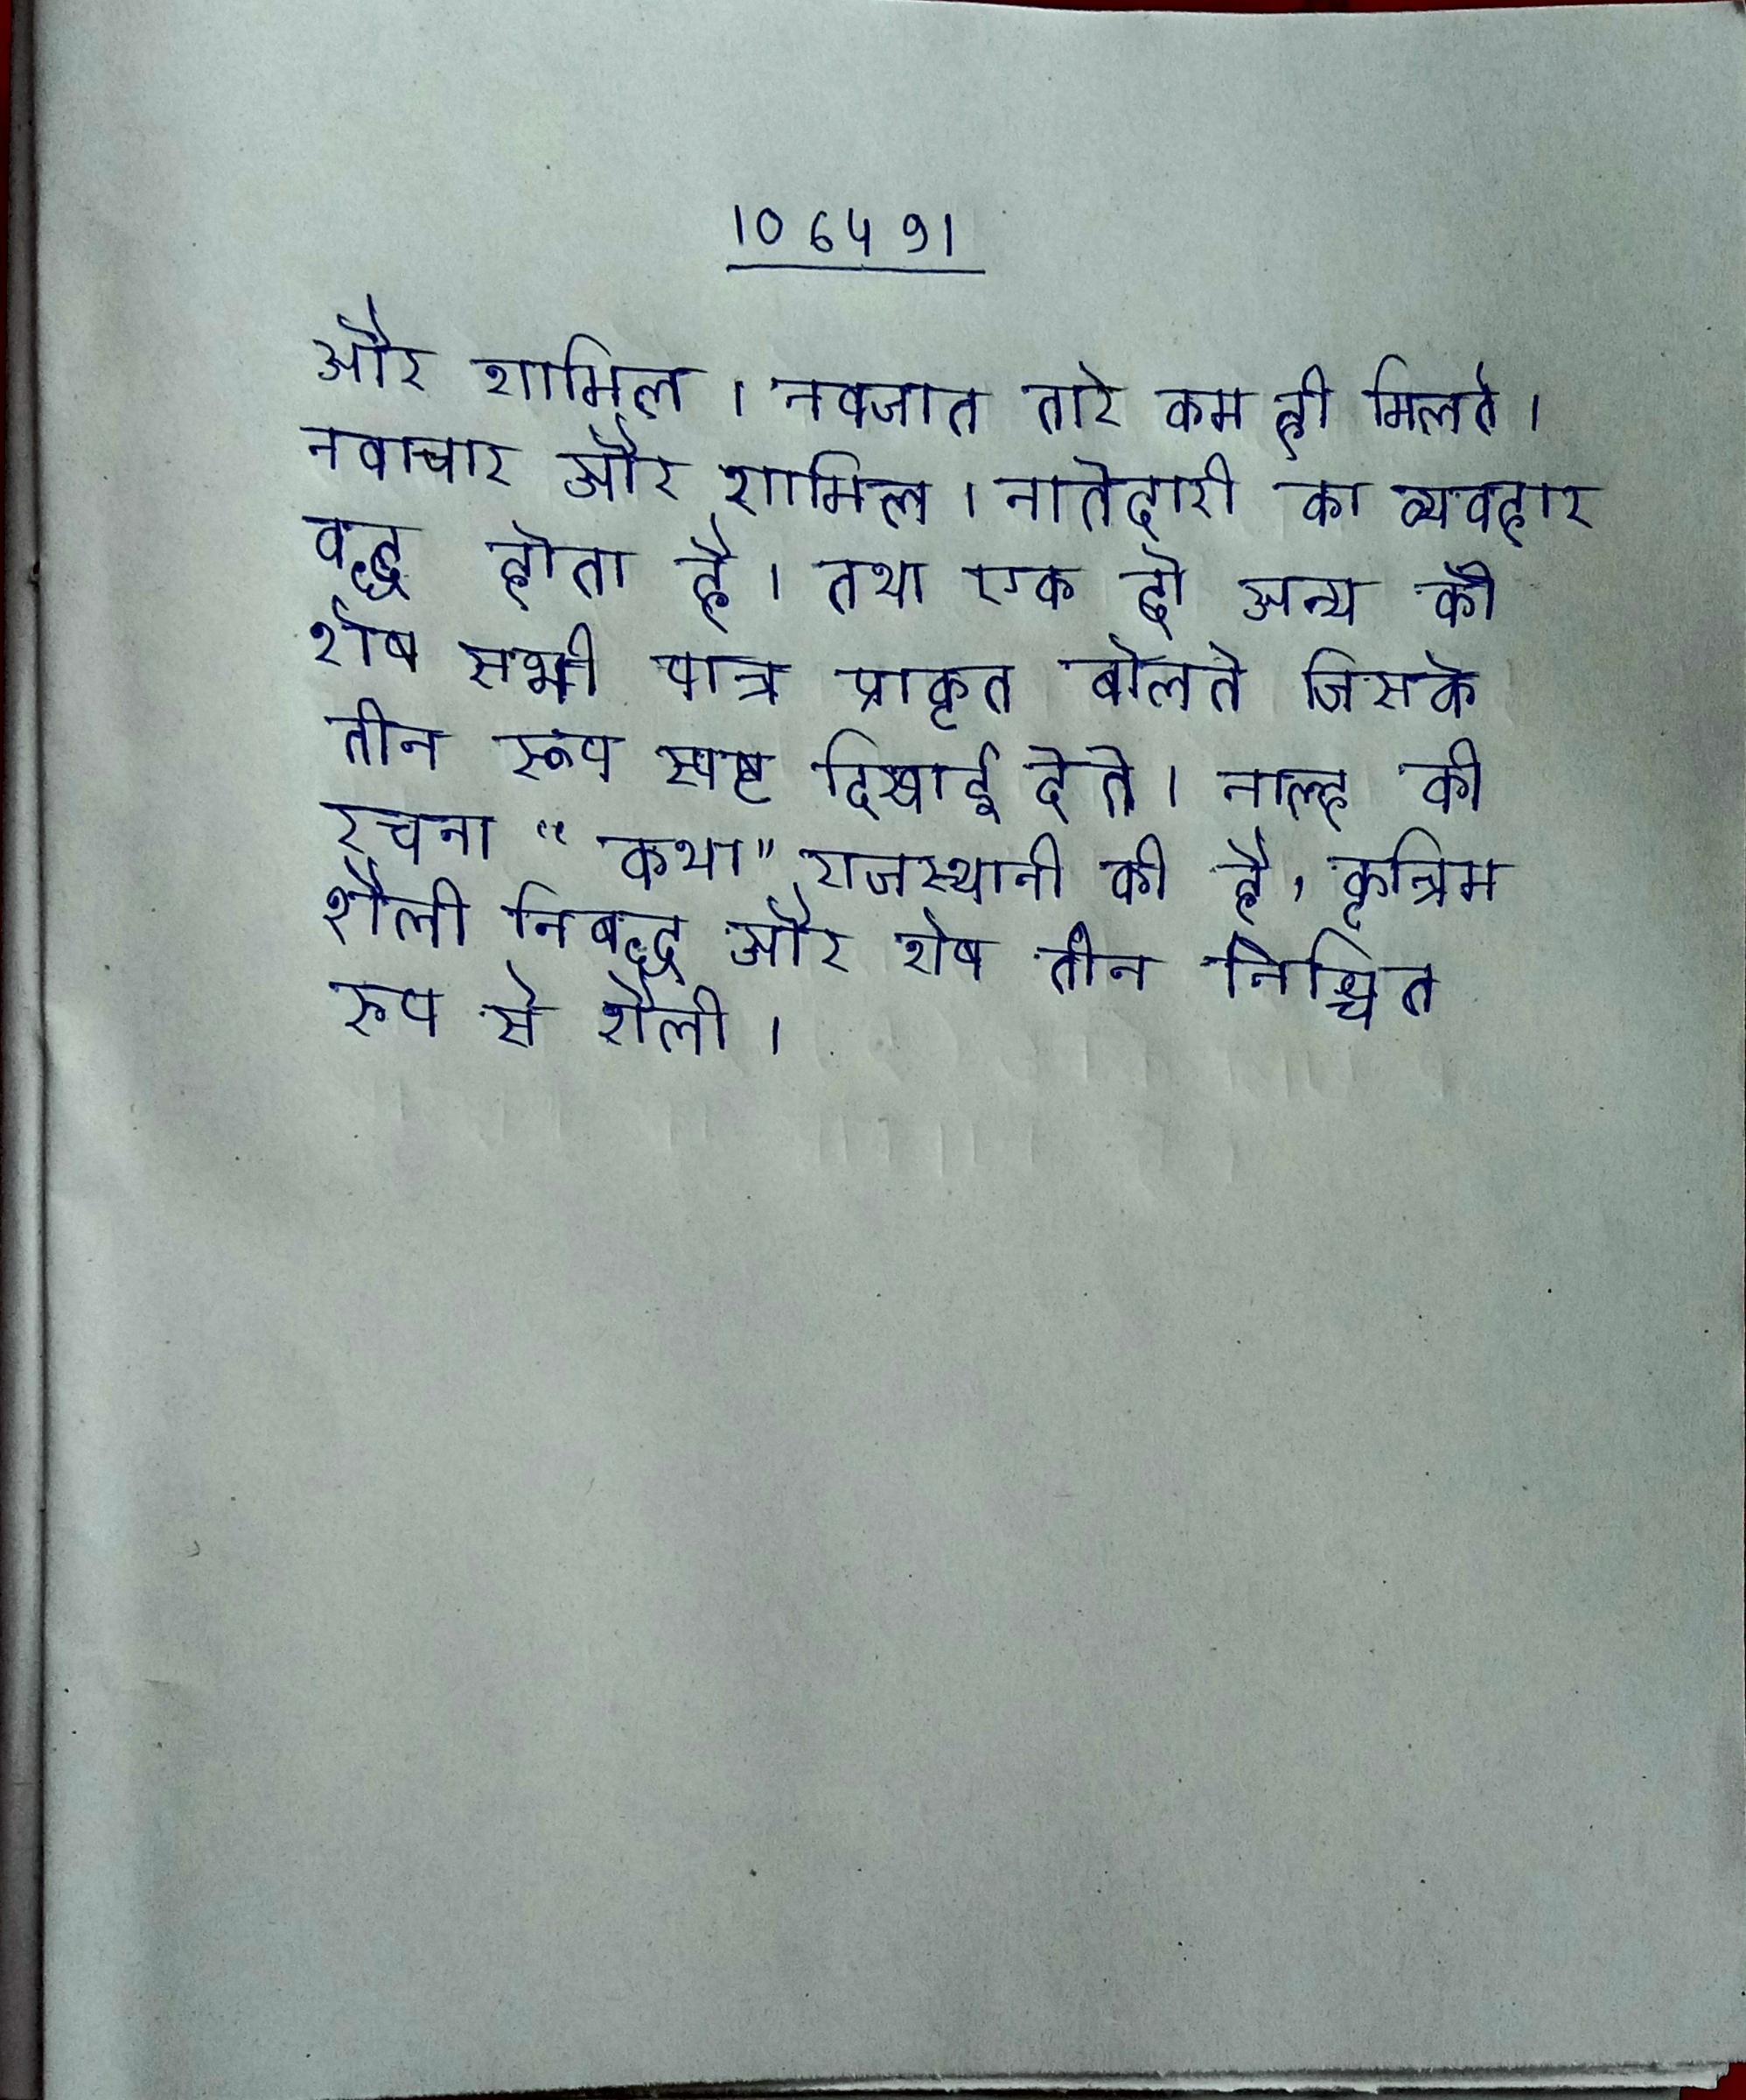
और शामिल । नवजात तारे कम ही मिलते । नवाचार और शामिल । नातेदारी का व्यवहार बद्ध होता है । तथा एक दो अन्य को शेष सभी पात्र प्राकृत बोलते जिसके तीन रूप स्पष्ट दिखाई देते । नाल्ह की रचना "कथा" राजस्थानी की है, कृत्रिम शैली निबद्ध और शेष तीन निश्चित रूप से शैली ।